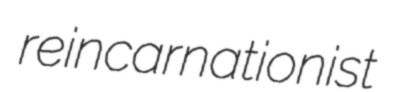
reincarnationist